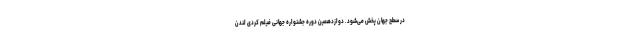
در سطح جهان پخش می‌شود. دوازدهمين دوره جشنواره جهانی فيلم کُردی لندن